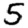
Digit: 5